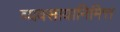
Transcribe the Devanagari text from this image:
व्यवसायानिमित्त